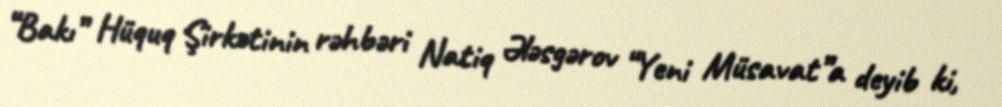
“Bakı” Hüquq Şirkətinin rəhbəri Natiq Ələsgərov “Yeni Müsavat”a deyib ki,